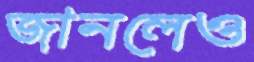
জানলেও